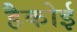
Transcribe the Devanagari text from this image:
हैकोई